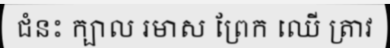
ជំនះ ក្បាល រមាស ព្រែក ឈើ ត្រាវ